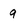
Character: 9